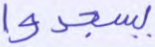
يسجدوا